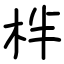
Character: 柈